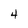
Character: 4